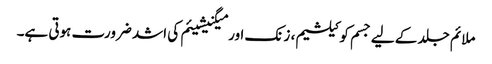
ملائم جلد کے لیے جسم کو کیلشیم، زنک اور میگنیشیئم کی اشد ضرورت ہوتی ہے۔